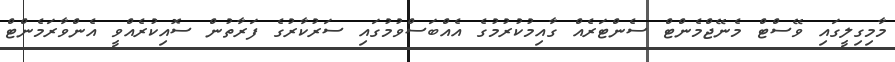
މާމިގިލީގައި ވޭސްޓް މެނޭޖްމެންޓް ސެންޓަރެއް ގާއިމުކުރުމުގެ އެއްބަސްވުމުގައި ސަރުކާރުގެ ފަރާތުން ސޮއިކުރެއްވީ އެންވާރަމެންޓް